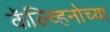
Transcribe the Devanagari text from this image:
कॅल्व्हिनोच्या